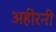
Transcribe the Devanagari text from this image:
अहीरनी